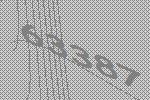
63387